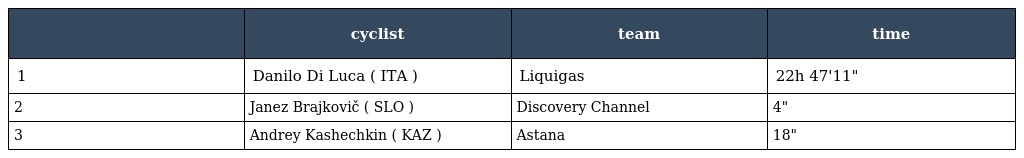
|  | cyclist | team | time |
 | --- | --- | --- | --- |
 | 1 | Danilo Di Luca ( ITA ) | Liquigas | 22h 47'11" |
 | 2 | Janez Brajkovič ( SLO ) | Discovery Channel | 4" |
 | 3 | Andrey Kashechkin ( KAZ ) | Astana | 18" |